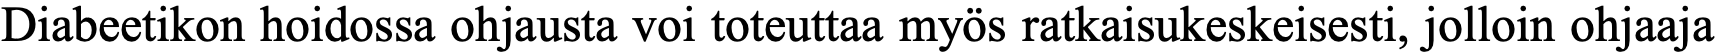
Diabeetikon hoidossa ohjausta voi toteuttaa myös ratkaisukeskeisesti, jolloin ohjaaja